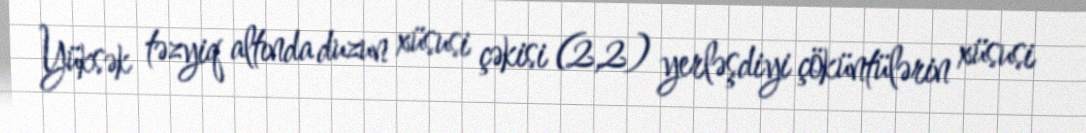
Yüksək təzyiq altında duzun xüsusi çəkisi (2,2) yerləşdiyi çöküntülərin xüsusi